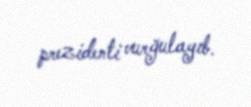
prezidenti vurğulayıb.